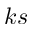
k s